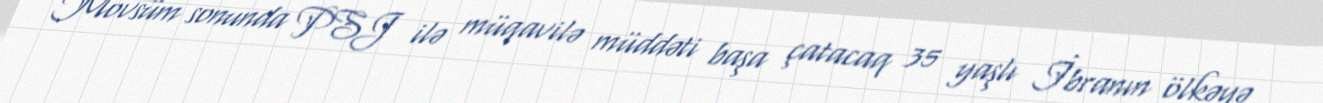
Mövsüm sonunda PSJ ilə müqavilə müddəti başa çatacaq 35 yaşlı İbranın ölkəyə